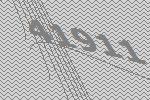
41911